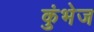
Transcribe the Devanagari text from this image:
कुंभेज